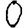
Digit: 0